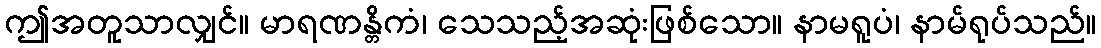
ဤအတူသာလျှင်။ မာရဏန္တိကံ၊ သေသည့်အဆုံးဖြစ်သော။ နာမရူပံ၊ နာမ်ရုပ်သည်။